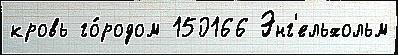
кровь го́родом 150166 Энг'ельхольм